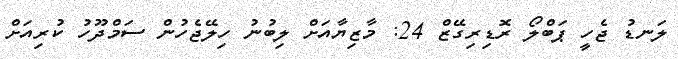
ލަނޑު ޖެހީ ޕަބްލޯ ރޮޑިރިގޭޒް 24: މާޒިޔާއަށް ލިބުނު ހިލޭޖެހުން ސަމްދޫހު ކުރިއަށް